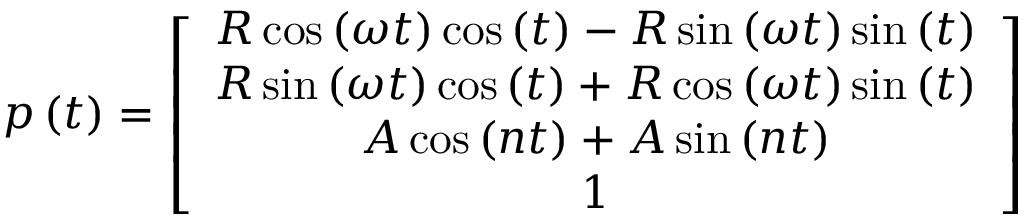
p \left( t \right) = \left[ \begin{array} { c } { R \cos \left( \omega t \right) \cos \left( t \right) - R \sin \left( \omega t \right) \sin \left( t \right) } \\ { R \sin \left( \omega t \right) \cos \left( t \right) + R \cos \left( \omega t \right) \sin \left( t \right) } \\ { A \cos \left( n t \right) + A \sin \left( n t \right) } \\ { 1 } \end{array} \right]